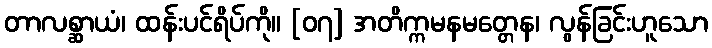
တာလစ္ဆာယံ၊ ထန်းပင်ရိပ်ကို။ [၀၇] အတိက္ကမနမတ္တေန၊ လွန်ခြင်းဟူသော